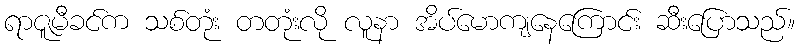
ရာဇူမီခင်က သစ်တုံး တတုံးလို လူနာ အိပ်မောကျနေကြောင်း ဆီးပြောသည်။